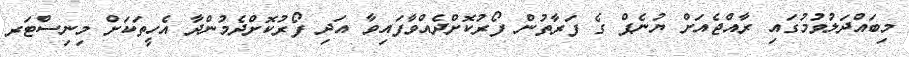
މިބައްދަލުވުމުގައި ރާއްޖެއަށް ޔުނެޕް ގެ ފަރާތުން ފޯރުކޮށްދެއްވާފައިވާ އަދި ފޯރުކޮށްދެމުންދާ އެހީތަކަށް މިނިސްޓަރ